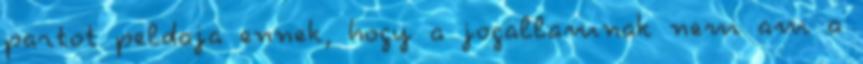
partot peldaja ennek, hogy a jogallamnak nem am a